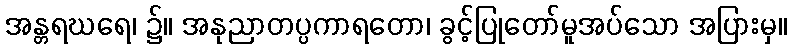
အန္တရဃရေ၊ ၌။ အနုညာတပ္ပကာရတော၊ ခွင့်ပြုတော်မူအပ်သော အပြားမှ။